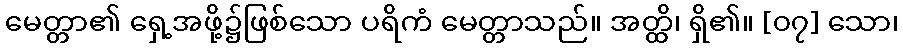
မေတ္တာ၏ ရှေ့အဖို့၌ဖြစ်သော ပရိကံ မေတ္တာသည်။ အတ္ထိ၊ ရှိ၏။ [၀၇] သော၊